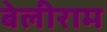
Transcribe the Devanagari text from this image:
बेलीराम